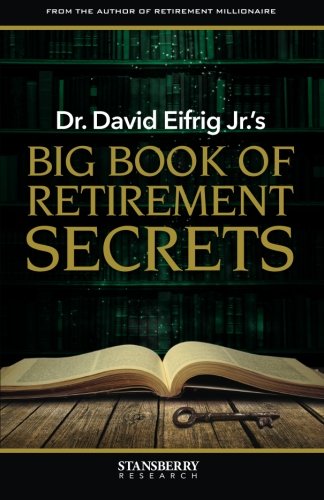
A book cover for Dr. David Eifrig Jr.'s Big Book of Retirement Secrets; Dr. David Eifrig Jr.; Business & Money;